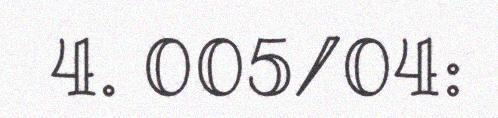
4. 005/04: